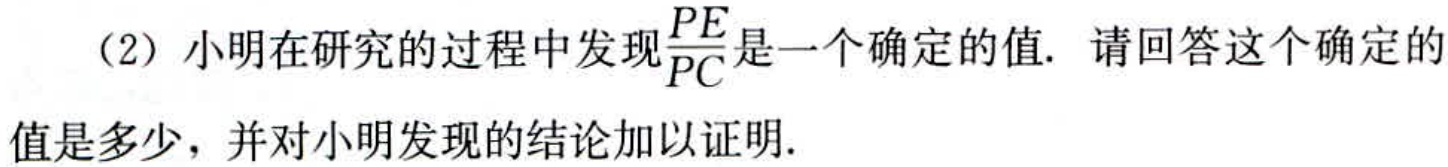
（2）小明在研究的过程中发现$\frac{PE}{PC}$是一个确定的值. 请回答这个确定的值是多少，并对小明发现的结论加以证明.